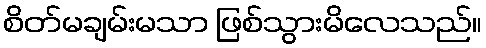
စိတ်မချမ်းမသာ ဖြစ်သွားမိလေသည်။